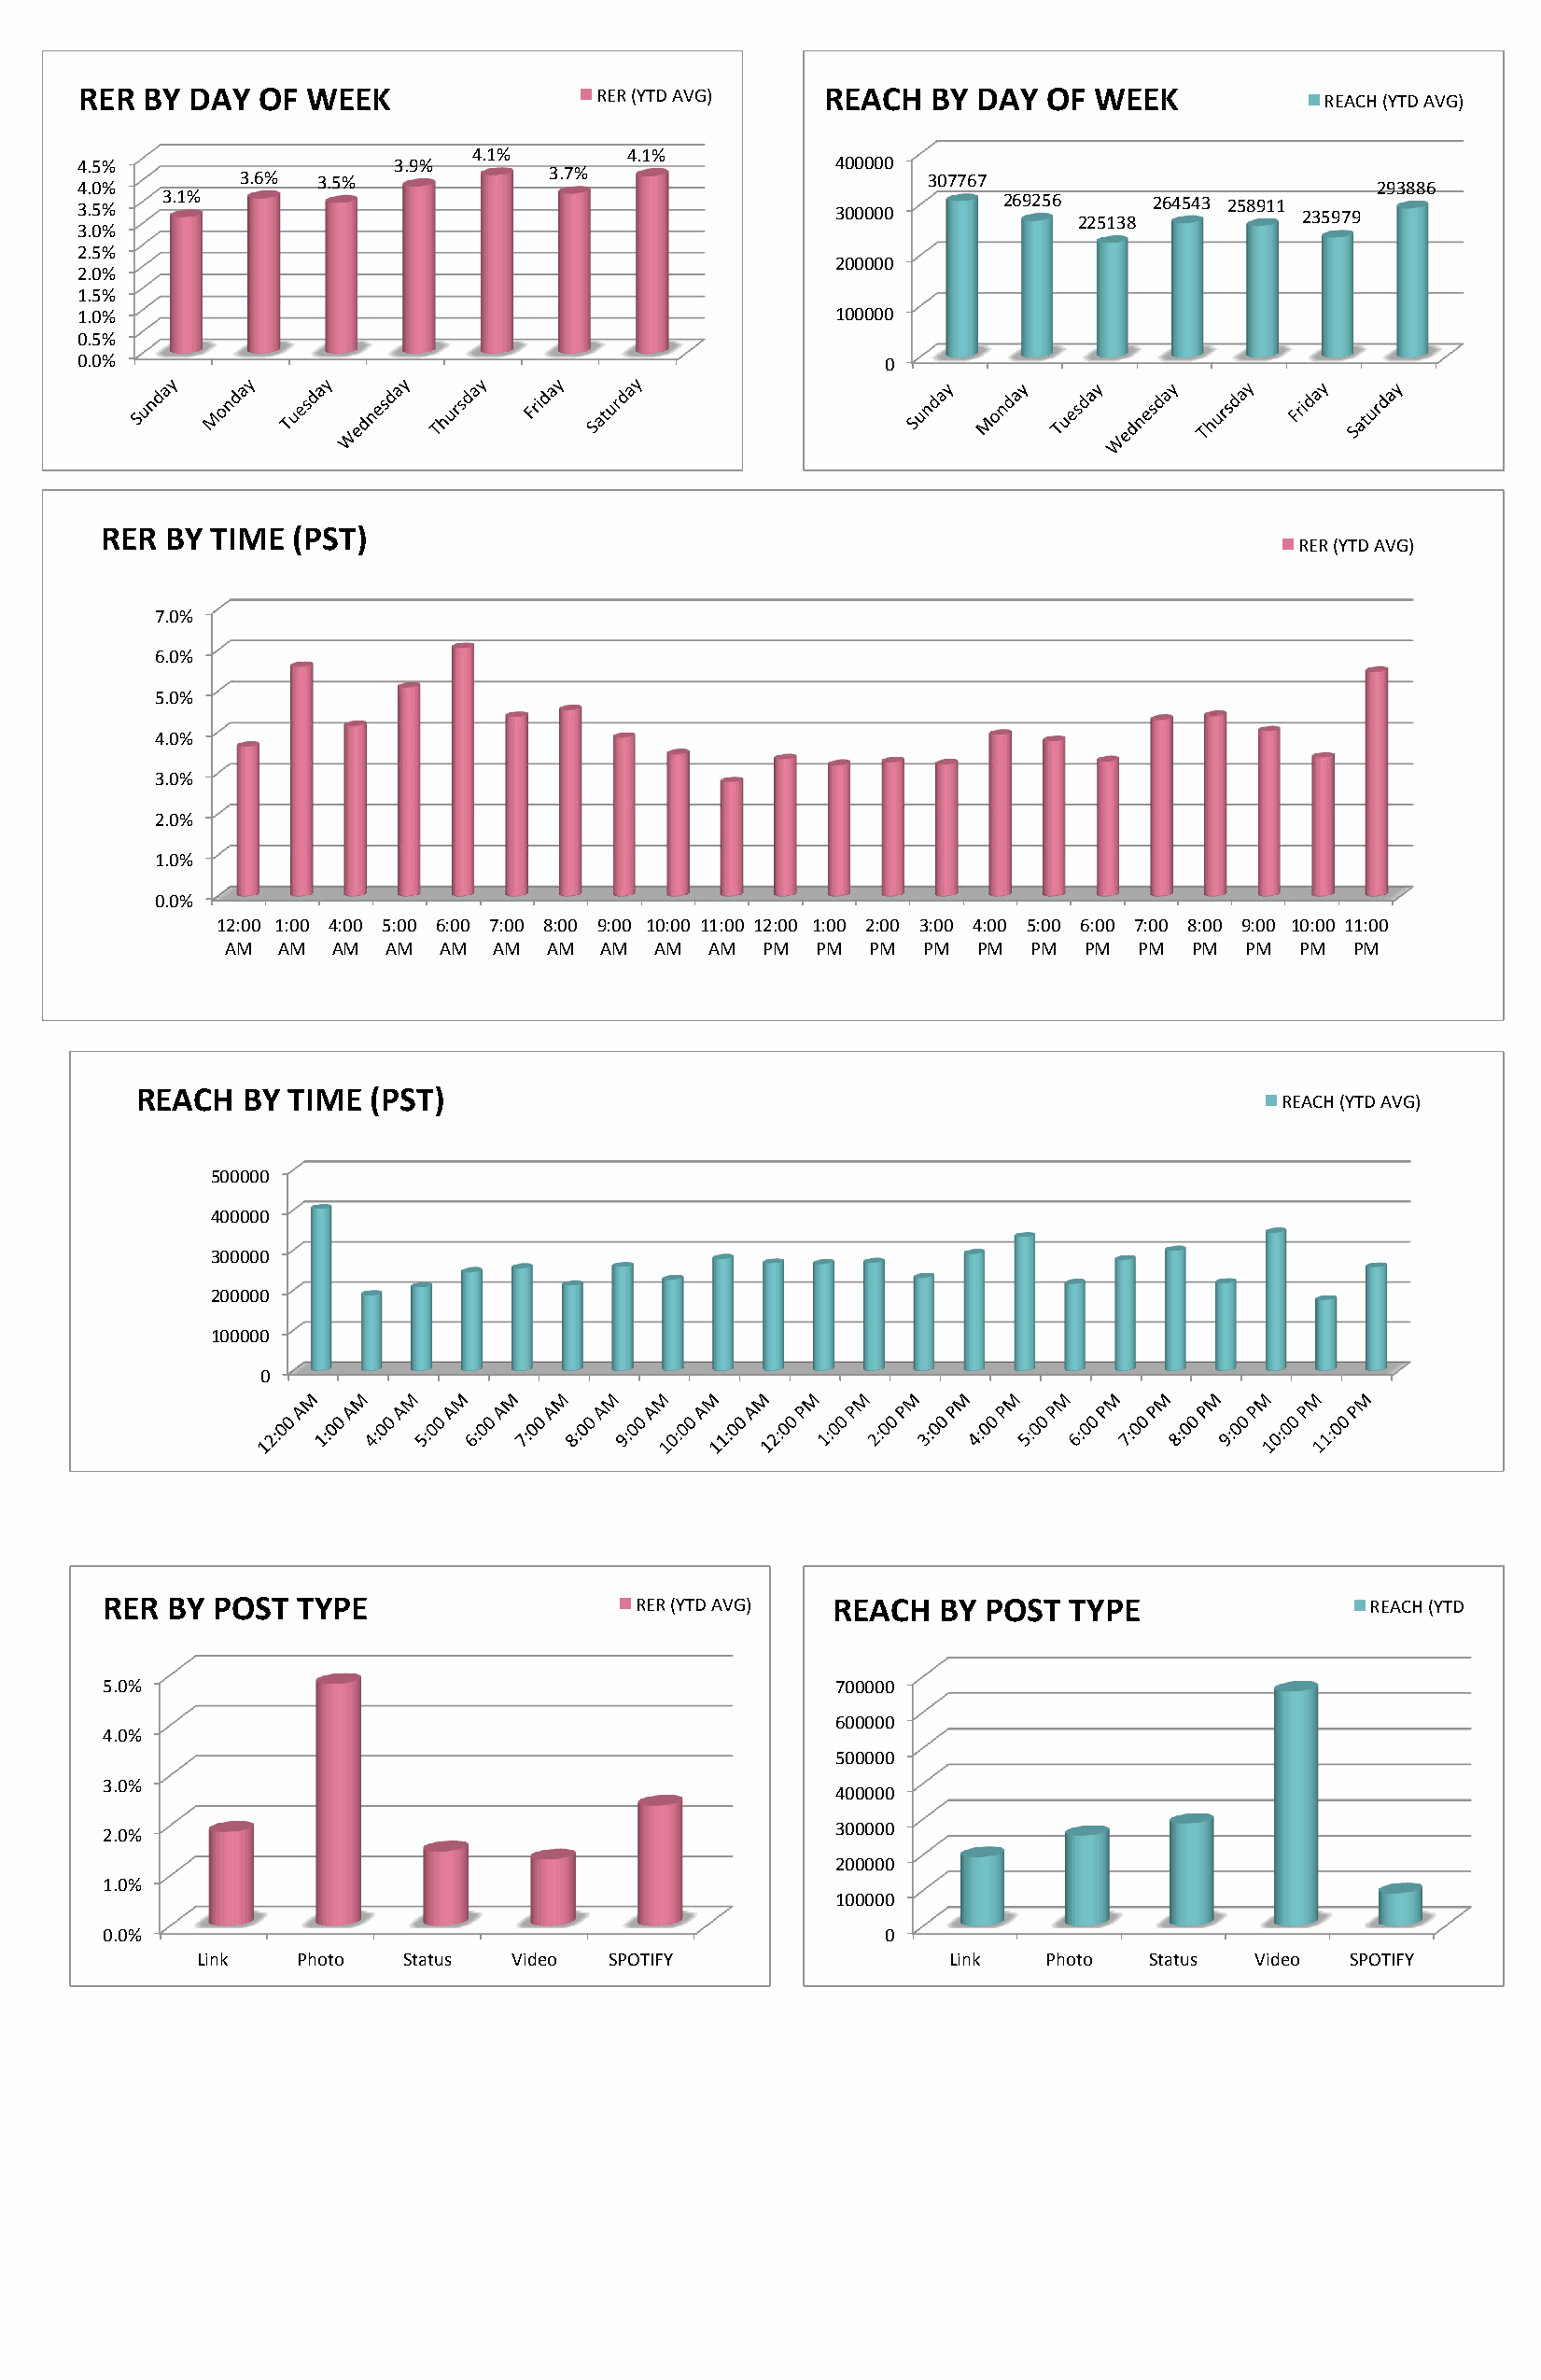
RER BY DAY  OF  WEEK                RER (YTD AVG)   REACH   BY DAY  OF  WEEK            REACH (YTD AVG)
 4.1%       4.1%
 4.5%                  3.9%                           400000
 4.0%       3.6% 3.5%             3.7%                       307767                          293886
 3.5% 3.1%                                            300000      269256 225138 264543 258911 235979
 3.0%
 2.5%
 200000
 2.0%
 1.5%
 1.0%                                                 100000
 0.5%
 0.0%                                                     0
 RER  BY TIME  (PST)
 RER (YTD AVG)
 7.0%
 6.0%
 5.0%
 4.0%
 3.0%
 2.0%
 1.0%
 0.0%
 12:00 1:00 4:00 5:00 6:00 7:00 8:00 9:00 10:00 11:00 12:00 1:00 2:00 3:00 4:00 5:00 6:00 7:00 8:00 9:00 10:00 11:00
 AM  AM  AM AM  AM  AM  AM  AM AM  AM  PM  PM  PM PM  PM  PM  PM  PM PM  PM  PM  PM
 REACH  BY TIME  (PST)
 REACH (YTD AVG)
 500000
 400000
 300000
 200000
 100000
 0
 RER  BY POST  TYPE                    RER (YTD AVG) REACH   BY POST  TYPE                 REACH (YTD
 5.0%                                                700000
 600000
 4.0%
 500000
 3.0%
 400000
 300000
 2.0%
 200000
 1.0%
 100000
 0.0%                                                    0
 Link   Photo   Status Video  SPOTIFY                 Link   Photo  Status  Video  SPOTIFY